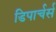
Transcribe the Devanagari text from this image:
डिपार्चर्स